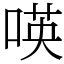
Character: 𠸄